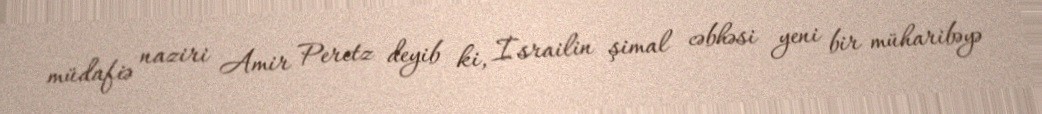
müdafiə naziri Amir Peretz deyib ki, İsrailin şimal cəbhəsi yeni bir müharibəyə